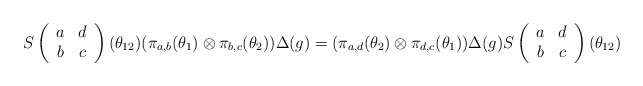
\begin{align*}S\left( \begin{array}{cc} a & d \\ b & c \end{array}\right)(\theta_{12})( \pi_{a,b}(\theta_1) \otimes \pi_{b,c}(\theta_2) )\Delta (g) =( \pi_{a,d}(\theta_2) \otimes \pi_{d,c}(\theta_1) )\Delta (g)S\left( \begin{array}{cc} a & d \\ b & c \end{array}\right)(\theta_{12})\end{align*}